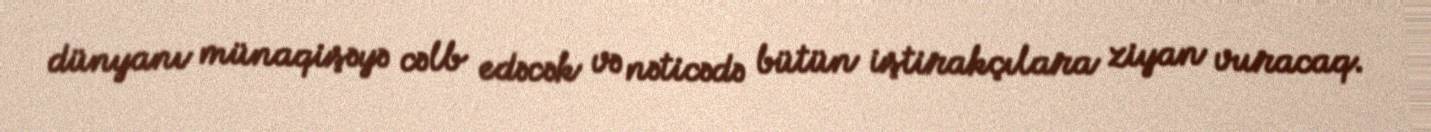
dünyanı münaqişəyə cəlb edəcək və nəticədə bütün iştirakçılara ziyan vuracaq.